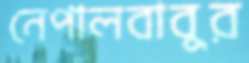
নেপালবাবুর